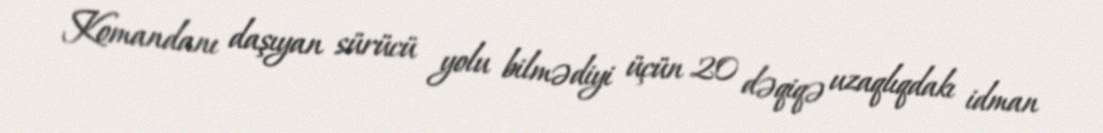
Komandanı daşıyan sürücü yolu bilmədiyi üçün 20 dəqiqə uzaqlıqdakı idman